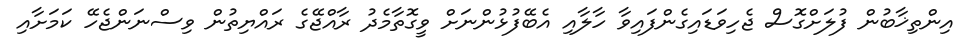
އިންތިޚާބުން ފުލަށްގޮސް ޖެހިވަޑައިގެންފައިވާ ހާލާއި އެބޭފުޅުންނަށް ވީގޮތާމެދު ރާއްޖޭގެ ރައްޔިތުން ވިސްނަންޖެހޭ ކަމަށާއި